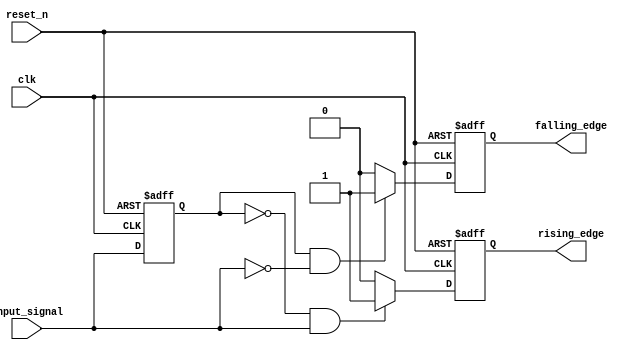
module SchmittTriggerEdgeDetector (
    input wire clk,               // Clock signal for timing
    input wire reset_n,           // Active low reset
    input wire input_signal,       // Noisy input signal
    output reg rising_edge,       // Output pulse for rising edge detection
    output reg falling_edge       // Output pulse for falling edge detection
);

    // Parameters for hysteresis thresholds
    parameter VTH_PLUS = 1'b1;     // Upper threshold trigger
    parameter VTH_MINUS = 1'b0;    // Lower threshold trigger

    reg input_signal_d;            // Delayed version of the input signal

    // D Flip-Flop for synchronizing the input signal
    always @(posedge clk or negedge reset_n) begin
        if (!reset_n) begin
            input_signal_d <= 1'b0; // Reset delayed signal
        end else begin
            input_signal_d <= input_signal; // Capture current input signal
        end
    end

    // Edge Detection Logic
    always @(posedge clk or negedge reset_n) begin
        if (!reset_n) begin
            rising_edge <= 1'b0;     // Reset rising_edge
            falling_edge <= 1'b0;    // Reset falling_edge
        end else begin
            // Detect rising edge: input transitions from VTH_MINUS to VTH_PLUS
            if (input_signal_d == VTH_MINUS && input_signal == VTH_PLUS) begin
                rising_edge <= 1'b1;    // Set rising edge flag
            end else begin
                rising_edge <= 1'b0;    // Clear rising edge flag
            end

            // Detect falling edge: input transitions from VTH_PLUS to VTH_MINUS
            if (input_signal_d == VTH_PLUS && input_signal == VTH_MINUS) begin
                falling_edge <= 1'b1;   // Set falling edge flag
            end else begin
                falling_edge <= 1'b0;   // Clear falling edge flag
            end
        end
    end

endmodule